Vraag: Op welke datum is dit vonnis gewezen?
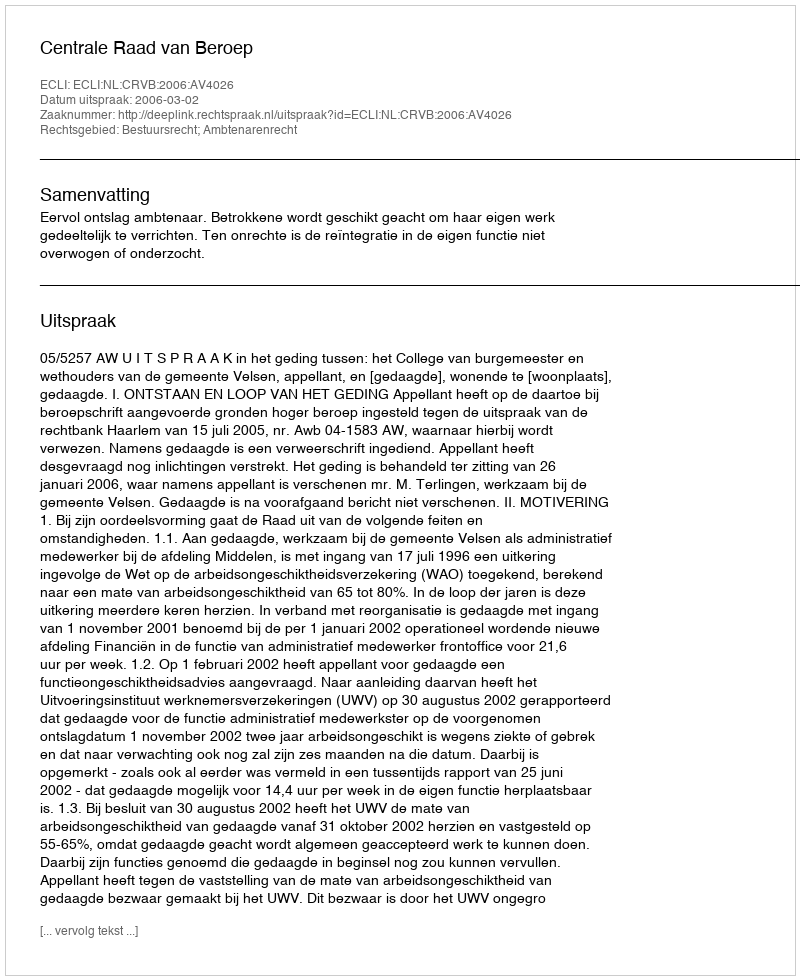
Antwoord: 2006-03-02